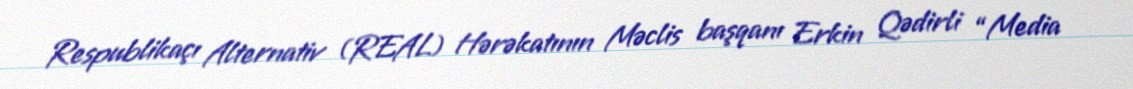
Respublikaçı Alternativ (REAL) Hərəkatının Məclis başqanı Erkin Qədirli “Media